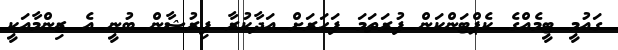
ގައުމީ ޓީމެއްގެ ކެޕްޓަންކަން ފުރަތަމަ ފަހަރަށް އަދާކުރާ ފިރުޝާން ބުނީ އެ ޒިންމާއަކީ